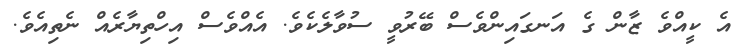
އެ ކީއްވެ ޒާން ގެ އަނގައިންވެސް ބޭރުވީ ސުވާލެކެވެ. އެއްވެސް އިހްތިޔާރެއް ނެތިއެވެ.